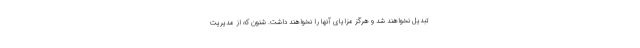
تبدیل نخواهند شد و هرگز مزایای آنها را نخواهند داشت. شنون که از مدیریت